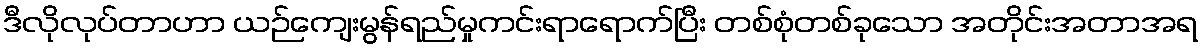
ဒီလိုလုပ်တာဟာ ယဉ်ကျေးမွန်ရည်မှုကင်းရာရောက်ပြီး တစ်စုံတစ်ခုသော အတိုင်းအတာအရ